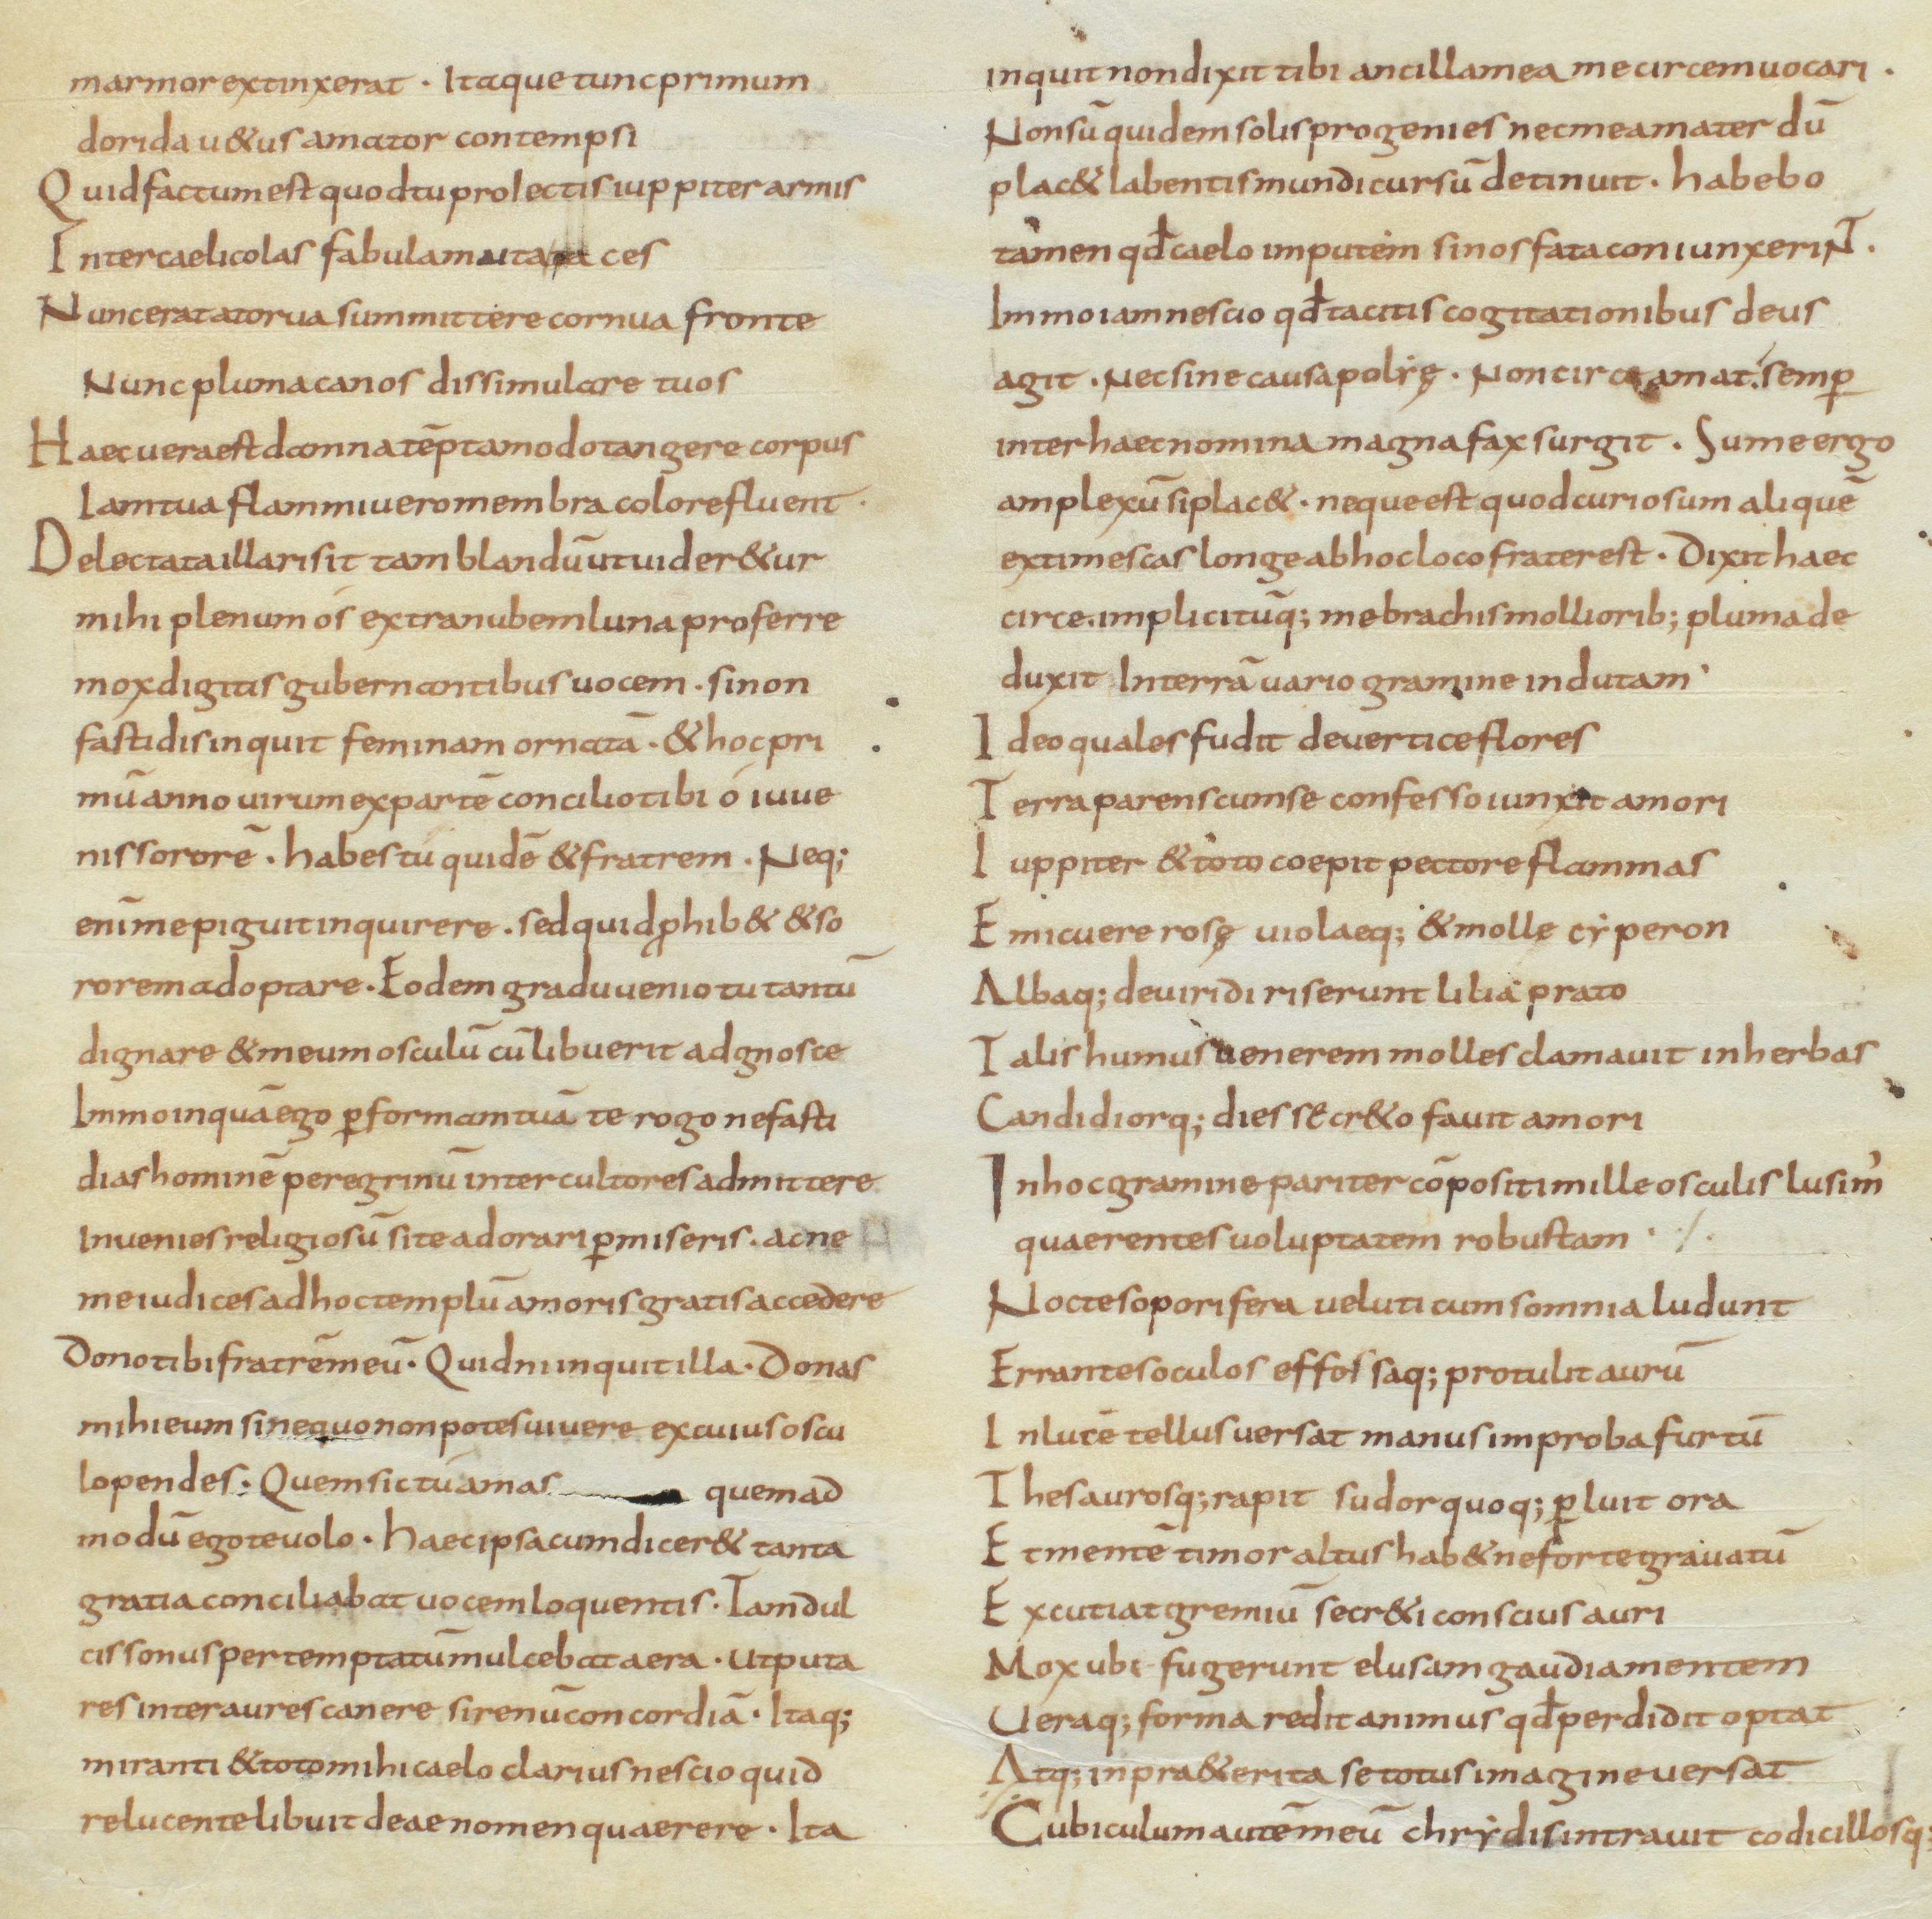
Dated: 850–899